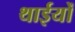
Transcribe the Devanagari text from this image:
थाईयों